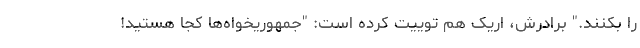
را بکنند." برادرش، اریک هم توییت کرده است: "جمهوریخواه‌ها کجا هستید!